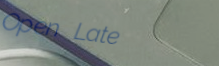
Open Late